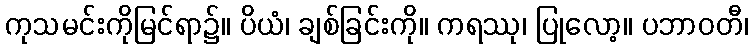
ကုသမင်းကိုမြင်ရာ၌။ ပိယံ၊ ချစ်ခြင်းကို။ ကရဿု၊ ပြုလော့။ ပဘာဝတီ၊